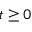
t \ge 0